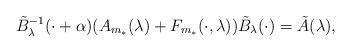
LaTeX: \begin{align*}\tilde B_{\lambda}^{-1}(\cdot+\alpha) ( A_{m_*}(\lambda) + F_{m_*}(\cdot,\lambda))\tilde B_\lambda(\cdot)=\tilde A(\lambda),\end{align*}